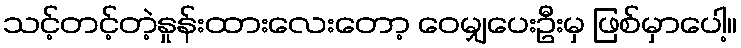
သင့်တင့်တဲ့နှုန်းထားလေးတော့ ဝေမျှပေးဦးမှ ဖြစ်မှာပေါ့။